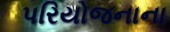
પરિયોજનાના